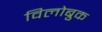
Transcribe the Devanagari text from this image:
विलोब्रुक